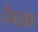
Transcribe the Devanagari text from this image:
दैवज्ञाः